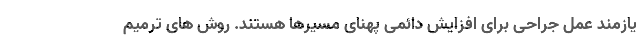
یازمند عمل جراحی برای افزایش دائمی پهنای مسیرها هستند. روش های ترمیم